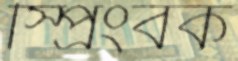
স্প্রিংবক